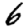
Digit: 6